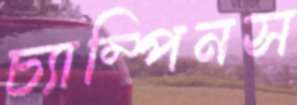
চ্যাম্পিনস